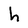
Character: h